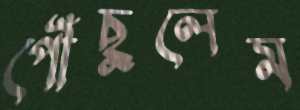
পৌঁছুলেম